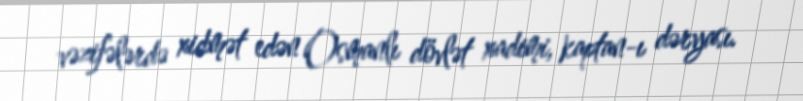
vəzifələrdə xidmət edən Osmanlı dövlət xadimi, kaptan-ı dəryası.